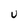
Character: U